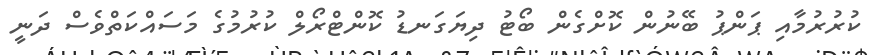
ކުރުރުމާއި ޕަންޕު ބޭނުން ކޮށްގެން ބޯޓު ދިޔަގަނޑު ކޮންޓްރޯލް ކުރުުމުގެ މަސައްކަތްވެސް ދަނީ